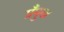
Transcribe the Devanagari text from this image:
प्रँमुख